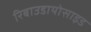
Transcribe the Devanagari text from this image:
रिबाउडायोसाइड